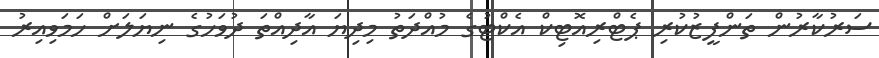
ސަރުކާރުން ތަންފީޒުކުރި ޕެޓްރިއޮޓިކް އެކްޓުގެ މުއްދަތު މިދިޔަ އާދިއްތަ ދުވަހުގެ ނިޔަލަށް ހަމަވިއިރު